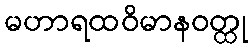
မဟာရထဝိမာနဝတ္ထု